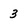
Character: 3